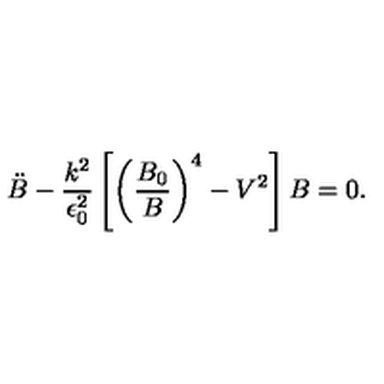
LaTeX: \ddot { B } - \frac { k ^ { 2 } } { \epsilon _ { 0 } ^ { 2 } } \left[ \left( \frac { B _ { 0 } } { B } \right) ^ { 4 } - V ^ { 2 } \right] B = 0 .